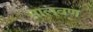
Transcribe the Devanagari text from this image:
सालवण